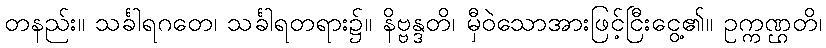
တနည်း။ သင်္ခါရဂတေ၊ သင်္ခါရတရား၌။ နိဗ္ဗန္ဒတိ၊ မှီဝဲသောအားဖြင့်ငြီးငွေ့၏။ ဥက္ကဏ္ဌတိ၊